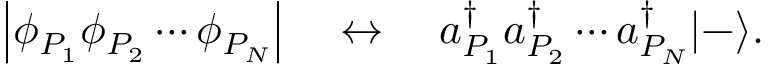
\left| \phi _ { P _ { 1 } } \phi _ { P _ { 2 } } \cdots \phi _ { P _ { N } } \right| \quad \leftrightarrow \quad a _ { P _ { 1 } } ^ { \dagger } a _ { P _ { 2 } } ^ { \dagger } \cdots a _ { P _ { N } } ^ { \dagger } | - \rangle .